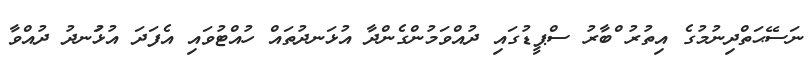
ނަސޭޙަތްދިނުމުގެ އިތުރު ްބާރު ސްޕީޑުގައި ދުއްވަމުންގެންދާ އުޅަނދުތައް ހުއްޓުވައި އެފަދަ އުޅަުނދު ދުއްވާ